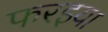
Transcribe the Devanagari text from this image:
फरइया